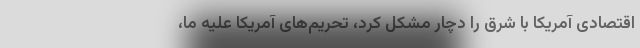
اقتصادی آمریکا با شرق را دچار مشکل کرد، تحریم‌های آمریکا علیه ما،